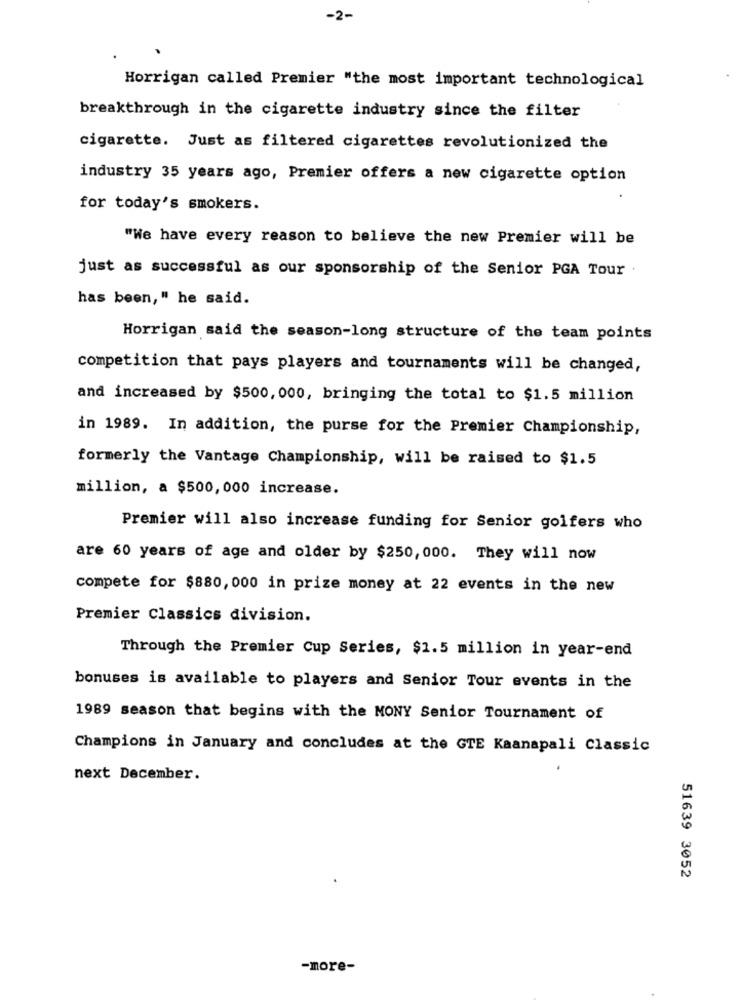
-2-
Horrigan called Premier "the most important technological
breakthrough in the cigarette industry since the filter
cigarette. Just as filtered cigarettes revolutionized the
industry 35 years ago, Premier offers a new cigarette option
for today's smokers.
"We have every reason to believe the new Premier will be
just as successful as our sponsorship of the Senior PGA Tour
has been," he said.
Horrigan said the season-long structure of the team points
competition that pays players and tournaments will be changed,
and increased by $500, 000, bringing the total to $1.5 million
in 1989. In addition, the purse for the Premier Championship,
formerly the Vantage Championship, will be raised to $1.5
million, a $500, 000 increase.
Premier will also increase funding for Senior golfers who
are 60 years of age and older by $250, 000. They will now
compete for $880, 000 in prize money at 22 events in the new
Premier Classics division.
Through the Premier Cup Series, $1.5 million in year-end
bonuses is available to players and Senior Tour events in the
1989 season that begins with the MONY Senior Tournament of
Champions in January and concludes at the GTE Kaanapali Classic
next December.
51639 3052
-more-